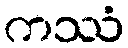
ကဿံ